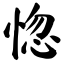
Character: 惚